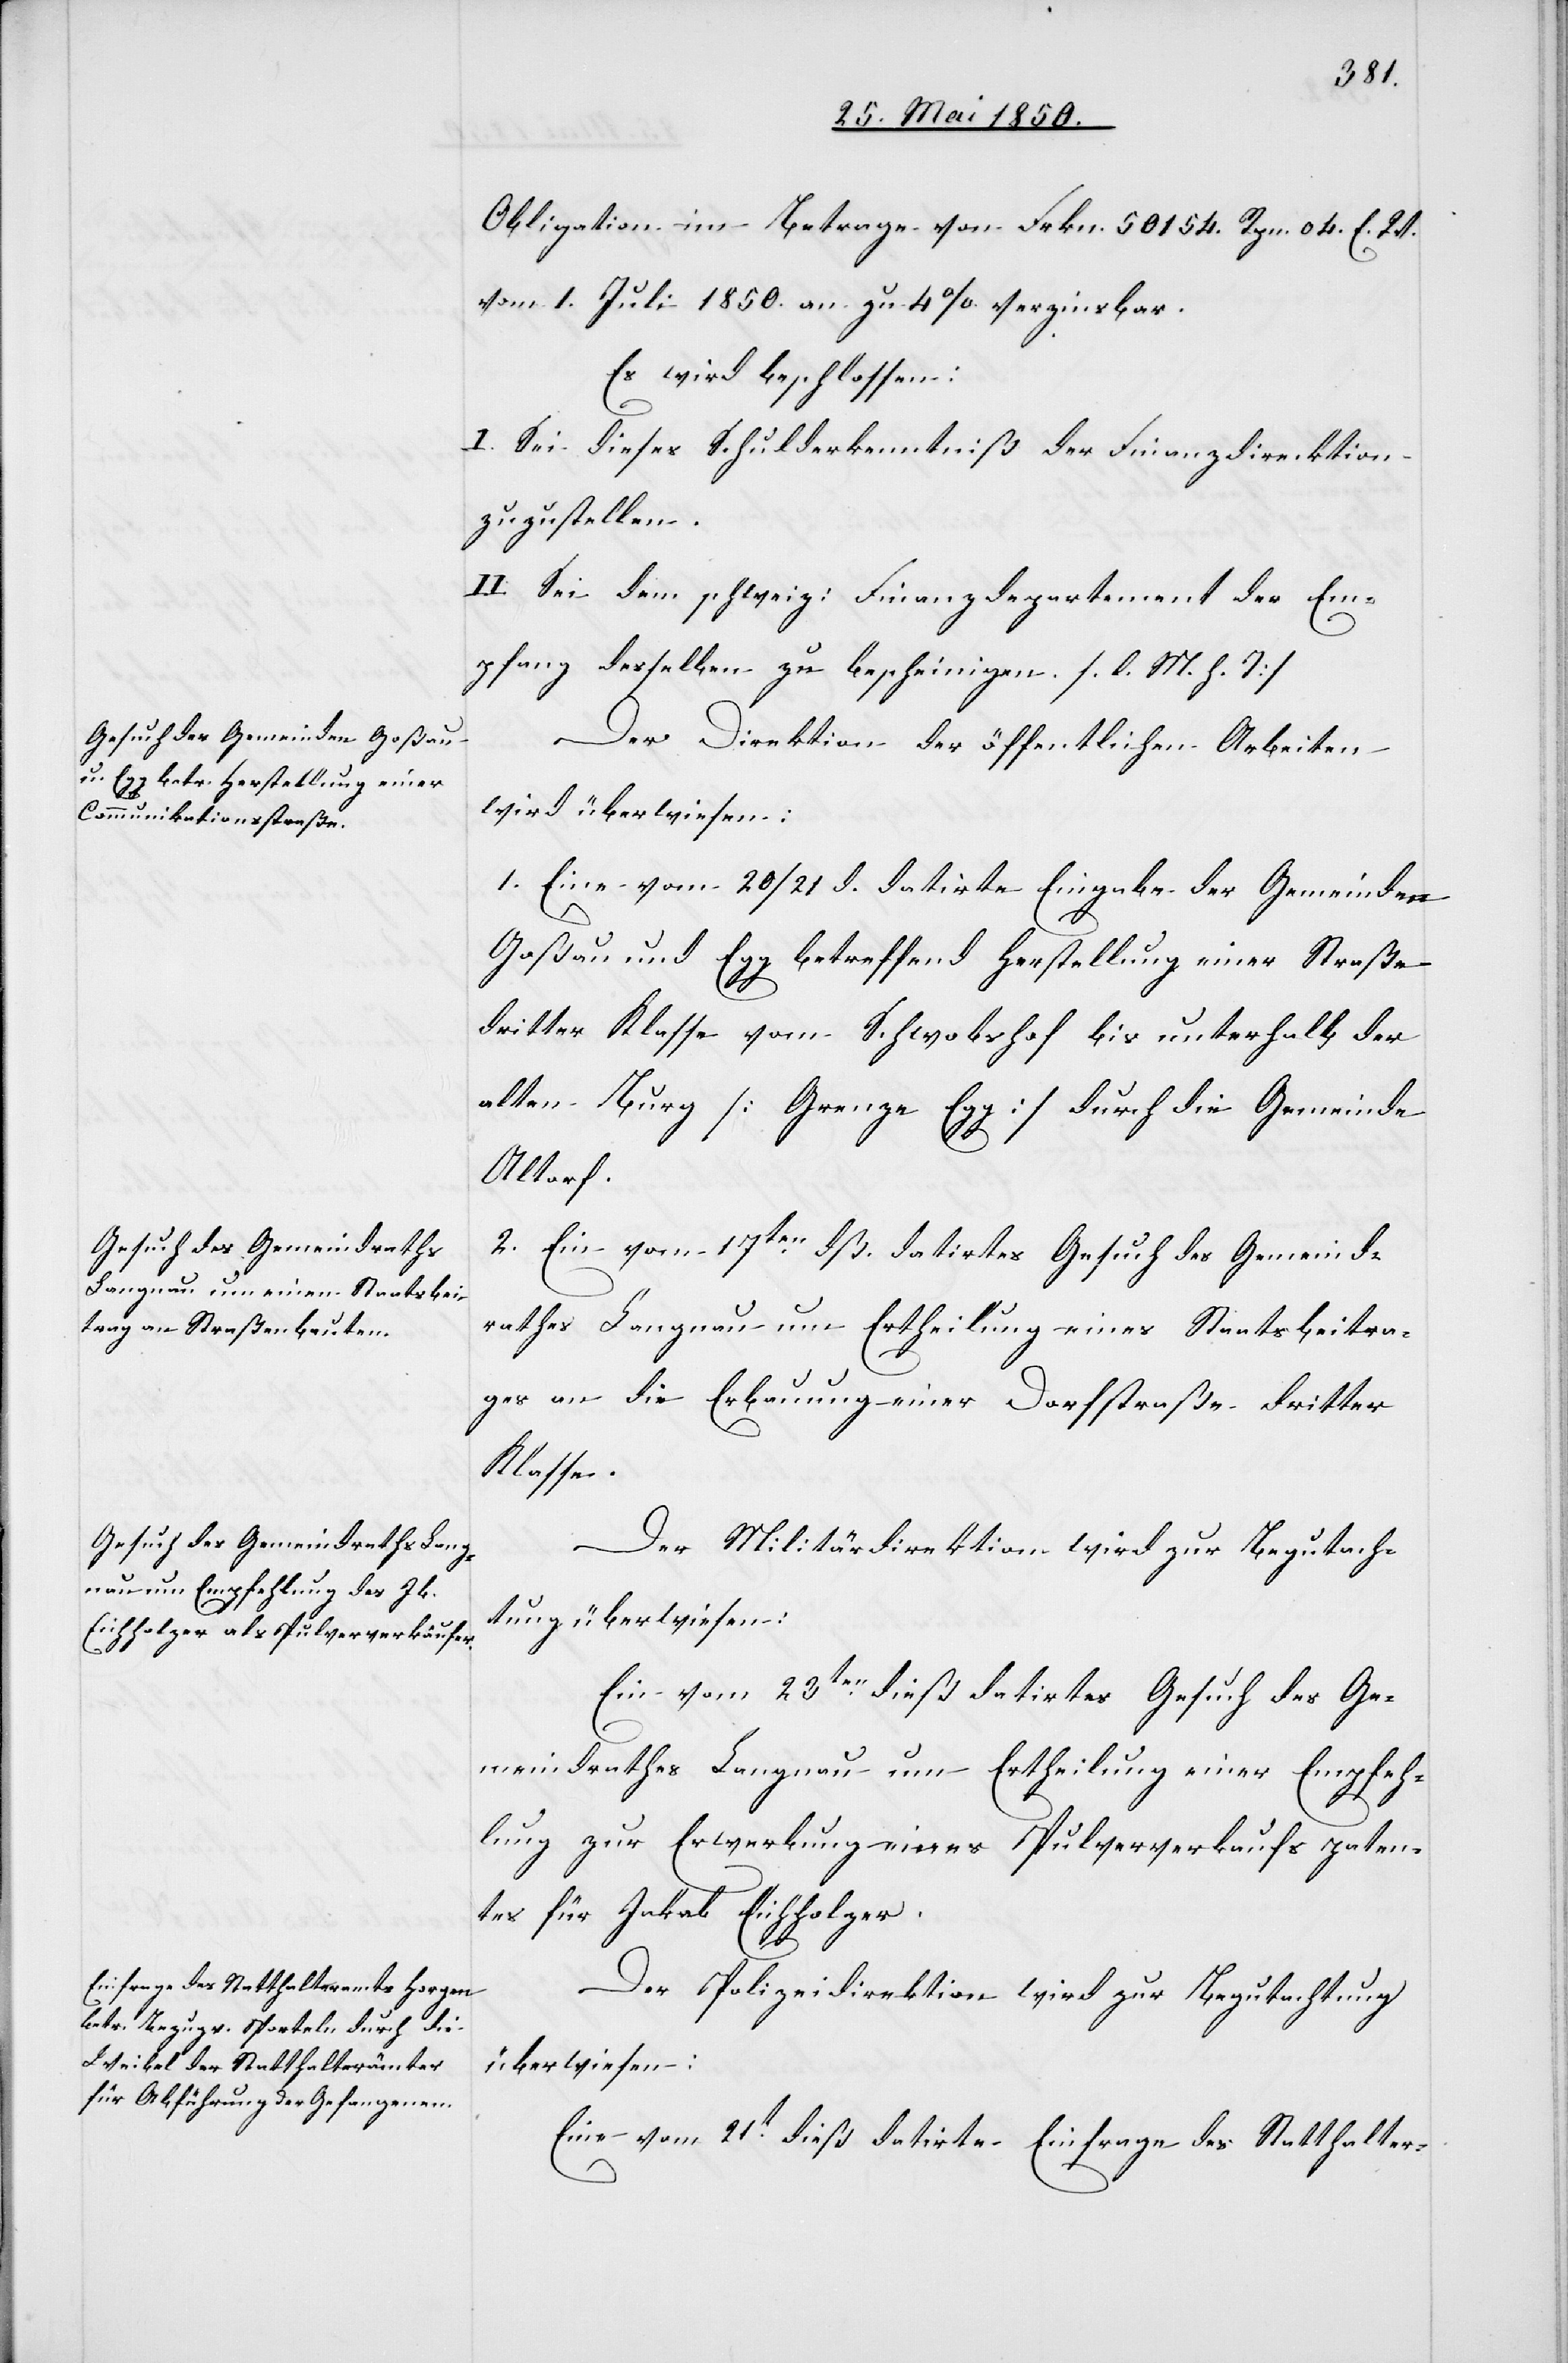
Obligation im Betrage von Frkn. 50154. Rpn. 04. E. W.
vom 1. Juli 1850. an zu 4 % verzinsbar.
Es wird beschlossen:
I. Sei dieses Schulderkenntniß der Finanzdirecktion
zuzustellen.
II. Sei dem schweiz: Finanzdepartement der Em¬
pfang desselben zu bescheinigen. [l. M. h. T]
Der Direktion der öffentlichen Arbeiten
wird überwiesen:
1. Eine vom 20/21 d. datirte Eingabe der Gemeinden
Goßau und Egg betreffend Herstellung einer Straße
dritter Klasse vom Schwobshof bis unterhalb der
alten Burg [Grenze Egg] durch die Gemeinde
Altorf.
2. Ein vom 17ten dß. datirtes Gesuch des Gemeind¬
rathes Langnau um Ertheilung eines Staatsbeitra¬
ges an die Erbauung einer Dorfstraße dritter
Klasse.
Der Militärdirektion wird zur Begutach¬
tung überwiesen:
Ein vom 23ten dieß datirtes Gesuch des Ge¬
meindrathes Langnau um Ertheilung einer Empfeh¬
lung zur Erwerbung eines Pulververkaufspaten¬
tes für Jakob Eichholzer.
Der Polizeidirektion wird zur Begutachtung
überwiesen:
Eine vom 21t dieß datirte Einfrage des Statthalter-